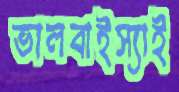
ভালবাইস্যাই